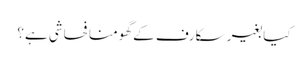
کیا بغیر سکارف کے گھومنا فحاشی ہے؟